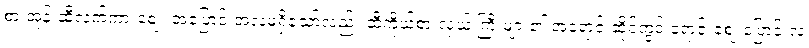
စားအုန်းဆီလက်ကားဈေး အပြောင်းအလဲမရှိသော်လည်း ဆီကိုယ်စားလှယ် ကြီးများ၏ အရောင်းဆိုင်တွင် ရောင်းဈေးပြောင်းလဲ